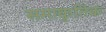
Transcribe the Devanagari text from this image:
समाकृतिक